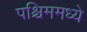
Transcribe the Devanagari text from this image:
पश्चिममध्ये